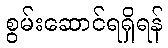
စွမ်းဆောင်ရရှိရန်